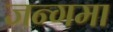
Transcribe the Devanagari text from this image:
जन्गमा